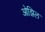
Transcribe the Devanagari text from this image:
ओझिल